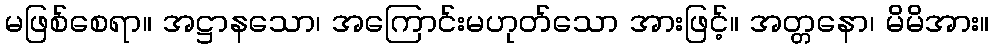
မဖြစ်စေရာ။ အဋ္ဌာနသော၊ အကြောင်းမဟုတ်သော အားဖြင့်။ အတ္တနော၊ မိမိအား။